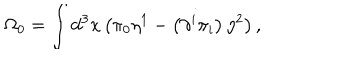
\Omega _ { 0 } = \int \mathrm { d } ^ { 3 } x \left( \pi _ { 0 } \eta ^ { 1 } - \left( \partial ^ { i } \pi _ { i } \right) \eta ^ { 2 } \right) ,